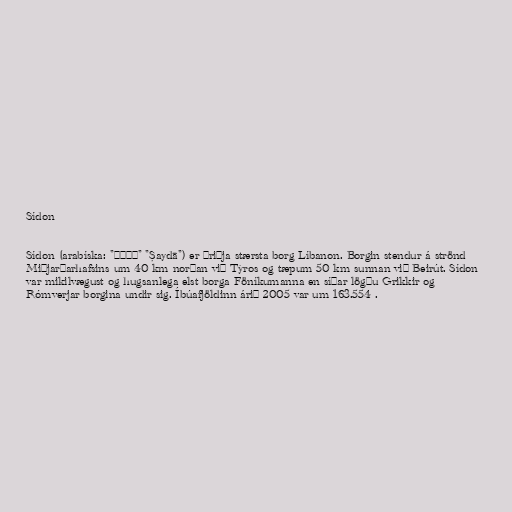
Sídon

Sídon (arabíska: "صيدا" "Ṣaydā") er þriðja stærsta borg Líbanon. Borgin stendur á strönd
Miðjarðarhafsins um 40 km norðan við Týros og tæpum 50 km sunnan við Beirút. Sídon
var mikilvægust og hugsanlega elst borga Föníkumanna en síðar lögðu Grikkir og
Rómverjar borgina undir sig. Íbúafjöldinn árið 2005 var um 163.554 .